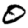
Digit: 0